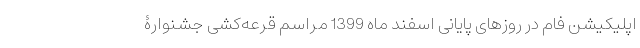
اپلیکیشن فام در روزهای پایانی اسفند ماه 1399 مراسم قرعه‌کشی جشنوارۀ